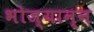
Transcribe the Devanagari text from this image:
भोज्यान्न